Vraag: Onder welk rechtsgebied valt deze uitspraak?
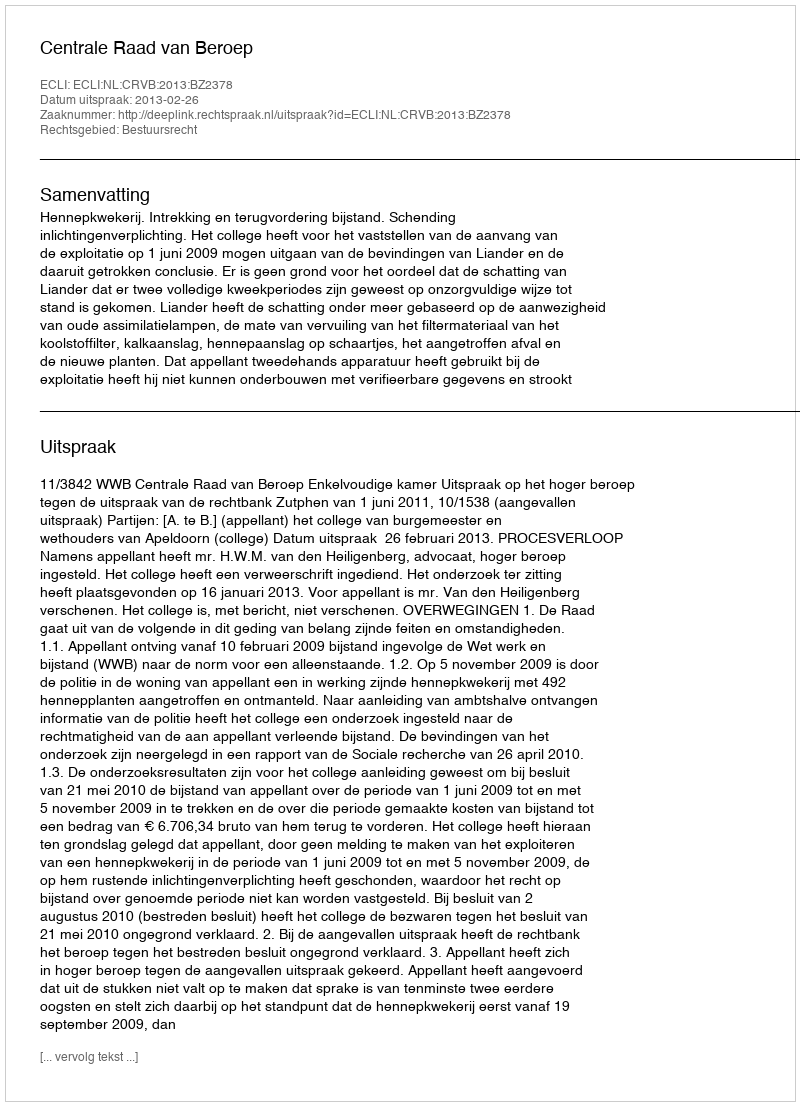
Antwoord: Bestuursrecht